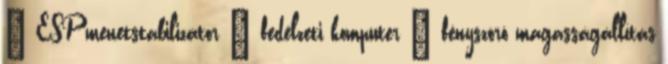
– ESP menetstabilizátor – fedélzeti komputer – fényszóró magasságállítás